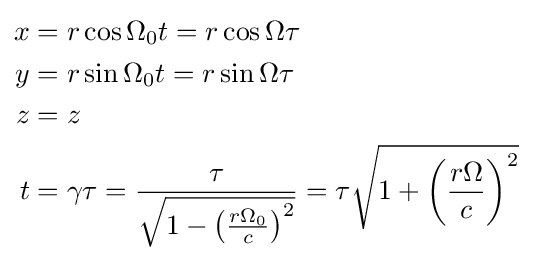
{\begin{aligned}x&=r\cos \Omega _{0}t=r\cos \Omega \tau \\y&=r\sin \Omega _{0}t=r\sin \Omega \tau \\z&=z\\t&=\gamma \tau ={\frac {\tau }{\sqrt {1-\left({\frac {r\Omega _{0}}{c}}\right)^{2}}}}=\tau {\sqrt {1+\left({\frac {r\Omega }{c}}\right)^{2}}}\end{aligned}}